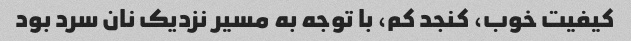
کیفیت خوب، کنجد کم، با توجه به مسیر نزدیک نان سرد بود